画像に写った文字を読んでください
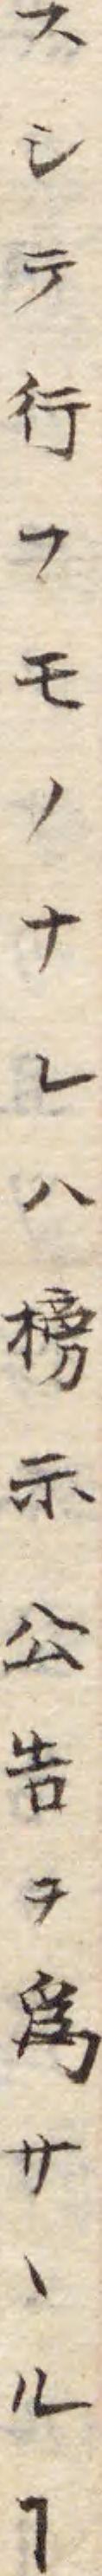
「スシテ行フモノナレハ榜示公告ヲ爲サヽルヿ」と書いてあります